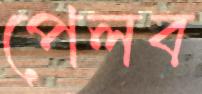
পেলব